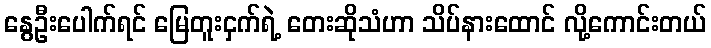
နွေဦးပေါက်ရင် မြေတူးငှက်ရဲ့ တေးဆိုသံဟာ သိပ်နားထောင် လို့ကောင်းတယ်